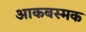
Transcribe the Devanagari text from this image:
आकबस्मक